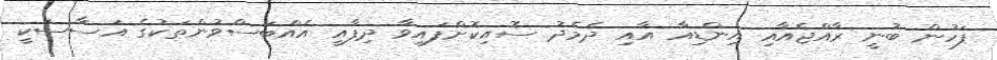
ފަހުން ބުނީ ރާއްޖެއާއި އިންޑިއާ އާއި ދެމެދު ސޮއިކޮށްފައިވާ ދިފާއީ އެއްބަސްވުންތަކުގެ އަސާސަކީ